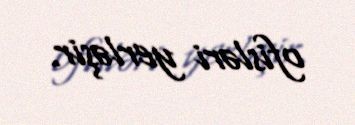
ofisləri yerləşir.